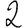
Digit: 2